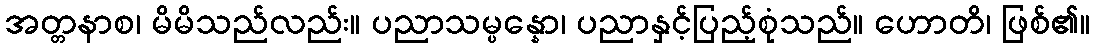
အတ္တနာစ၊ မိမိသည်လည်း။ ပညာသမ္ပန္နော၊ ပညာနှင့်ပြည့်စုံသည်။ ဟောတိ၊ ဖြစ်၏။